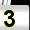
Digit: 3